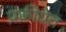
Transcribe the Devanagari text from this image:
प्रक्रीयेत